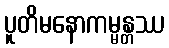
ပူတိမနောကမ္မန္တဿ